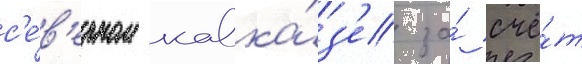
с'е́в'ерном кавка́з'е за́ счё́т